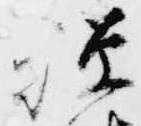
禅